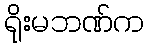
ရိုးမဘဏ်က